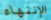
الإنتهاء